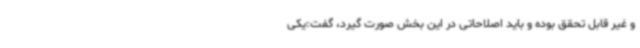
و غیر قابل تحقق بوده و باید اصلاحاتی در این بخش صورت گیرد، گفت:یکی